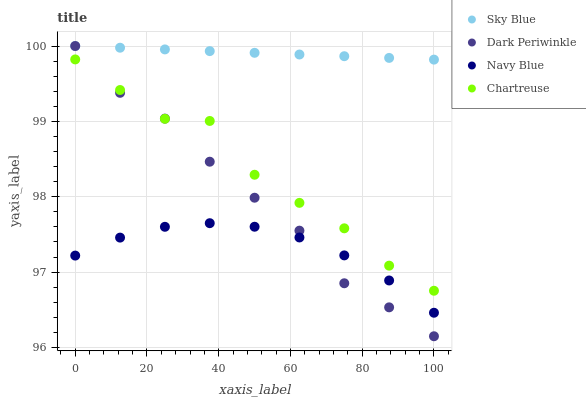
| xaxis_label | Sky Blue | Dark Periwinkle | Navy Blue | Chartreuse |
 | --- | --- | --- | --- | --- |
 | 0 | 100 | 100 | 97.2 | 99.8 |
 | 12.5 | 100 | 99.4 | 97.5 | 99.4 |
 | 25 | 100 | 99 | 97.6 | 99 |
 | 37.5 | 99.9 | 98.5 | 97.6 | 99 |
 | 50 | 99.9 | 98 | 97.6 | 98.3 |
 | 62.5 | 99.9 | 97.5 | 97.5 | 97.9 |
 | 75 | 99.9 | 96.9 | 97.2 | 97.6 |
 | 87.5 | 99.8 | 96.5 | 96.9 | 97.1 |
 | 100 | 99.8 | 96.1 | 96.5 | 96.8 |